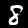
Label: 8